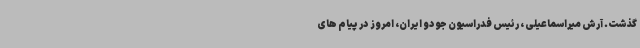
گذشت. آرش میراسماعیلی ، رئیس فدراسیون جودو ایران، امروز در پیام های